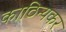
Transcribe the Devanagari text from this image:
काठिन्यकर